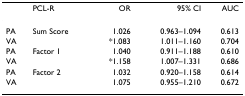
|  | PCL-R | OR | 95% CI | AUC |
 | --- | --- | --- | --- | --- |
 | PA | Sum Score | 1.026 | 0.963–1.094 | 0.613 |
 | VA |  | *1.083 | 1.011–1.160 | 0.704 |
 | PA | Factor 1 | 1.040 | 0.911–1.188 | 0.610 |
 | VA |  | *1.158 | 1.007–1.331 | 0.686 |
 | PA | Factor 2 | 1.032 | 0.920–1.158 | 0.614 |
 | VA |  | 1.075 | 0.955–1.210 | 0.672 |